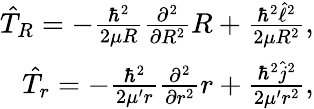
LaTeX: \begin{array}{r}{\hat{T}_{R}=-\frac{\hbar^{2}}{2\mu R}\frac{\partial^{2}}{\partial R^{2}}R+\frac{\hbar^{2}\hat{\ell}^{2}}{2\mu R^{2}},}\\ {\hat{T}_{r}=-\frac{\hbar^{2}}{2\mu^{\prime}r}\frac{\partial^{2}}{\partial r^{2}}r+\frac{\hbar^{2}\hat{j}^{2}}{2\mu^{\prime}r^{2}},}\end{array}